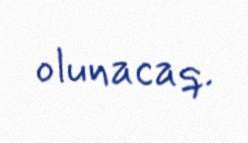
olunacaq.